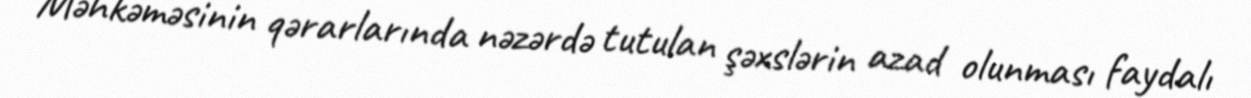
Məhkəməsinin qərarlarında nəzərdə tutulan şəxslərin azad olunması faydalı